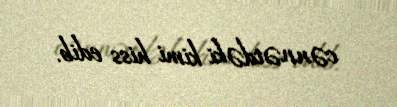
cənnətdəki kimi hiss edib.